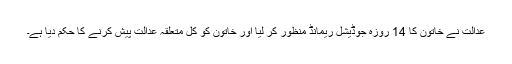
عدالت نے خاتون کا 14 روزہ جوڈیشل ریمانڈ منظور کر لیا اور خاتون کو کل متعلقہ عدالت پیش کرنے کا حکم دیا ہے۔